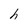
Character: h